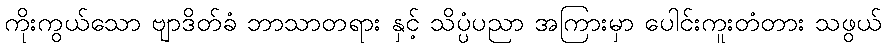
ကိုးကွယ်သော ဗျာဒိတ်ခံ ဘာသာတရား နှင့် သိပ္ပံပညာ အကြားမှာ ပေါင်းကူးတံတား သဖွယ်